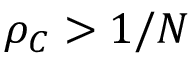
\rho _ { C } > 1 / N